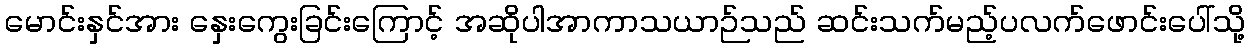
မောင်းနှင်အား နှေးကွေးခြင်းကြောင့် အဆိုပါအာကာသယာဉ်သည် ဆင်းသက်မည့်ပလက်ဖောင်းပေါ်သို့